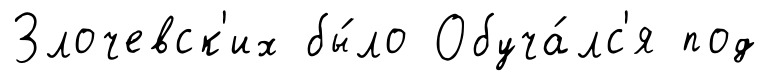
Злочевск'их бы́ло Обуча́лс'я под